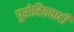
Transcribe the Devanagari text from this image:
पुरोहितवादी